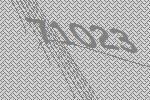
71023